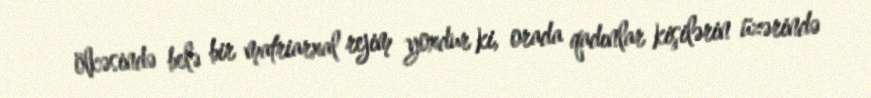
ölkəsində belə bir matriarxal rejim yoxdur ki, orada qadınlar kişilərin üzərində